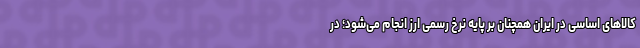
کالاهای اساسی در ایران همچنان بر پایه نرخ رسمی ارز انجام می‌شود؛ در